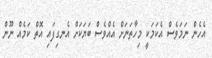
އެހެން ނަމަވެސް އެކަމަކީ މިހާތަނަށް އެއްވެސް ބަޔަކަށް އެނގިފައި އޮތް ކަމެއް ނޫން